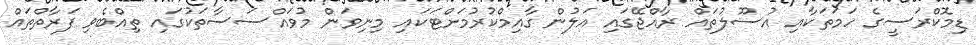
ޑިމޮކްރަސީގެ ހަމަތަކާއި އުސޫލުތައް ރާއްޖޭގައި އަލުން ގާއިމްކުރުމަށްޓަކައި މިނިވަން މުވައްސަސާތަކުގައި ތިއްބެވި ފަރާތްތައް